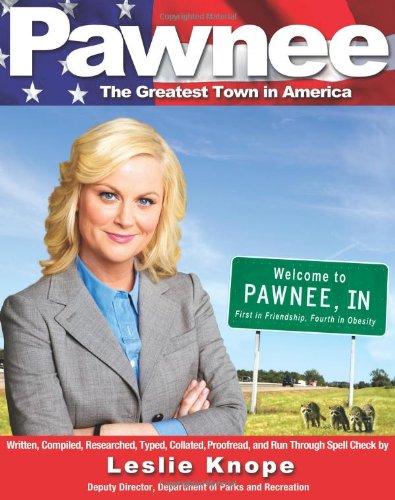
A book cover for Pawnee: The Greatest Town in America; Leslie Knope; Humor & Entertainment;